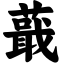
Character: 蕺